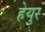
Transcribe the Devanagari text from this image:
हेयुर